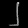
Digit: ၂